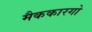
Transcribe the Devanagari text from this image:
मैककारगो